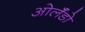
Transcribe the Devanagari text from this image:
ओर्लँडो